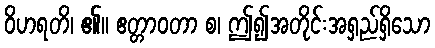
ဝိဟရတိ၊ ၏။ ဧတ္တာဝတာ စ၊ ဤ၍အတိုင်းအရှည်ရှိသော